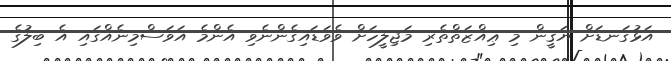
އަޅުގަނޑަށް ޔަޤީން މި ޢިއްޒަތްތެރި މަޖިލީހަށް ވެވަޑައިގެންނެވި އެންމެ އަވަސްމިނެއްގައި އެ ބިލުގެ